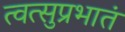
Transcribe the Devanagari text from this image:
त्वत्सुप्रभातं